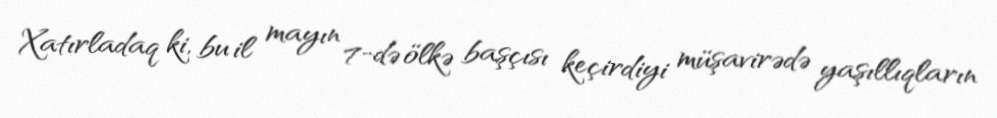
Xatırladaq ki, bu il mayın 7-də ölkə başçısı keçirdiyi müşavirədə yaşıllıqların